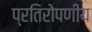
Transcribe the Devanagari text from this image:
प्रतिरोपणीय